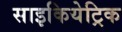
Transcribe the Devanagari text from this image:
साइकियेट्रिक